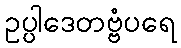
ဥပ္ပါဒေတဗ္ဗံပရေ